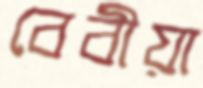
বেবীয়া